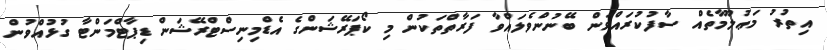
އިތުރު މަޢުލޫމާތެއް ސާފުކުރައްވަން ބޭނުންވެލައްވާ ފަރާތްތަކުން މި ކޯޕަރޭޝަންގެ އެޑްމިނިސްޓްރޭޝަން ޑިޕާޓްމަންޓާ ގުޅުއްވުން